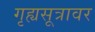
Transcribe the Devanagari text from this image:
गृह्यसूत्रावर